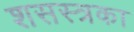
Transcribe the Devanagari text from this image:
शसस्त्रका